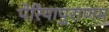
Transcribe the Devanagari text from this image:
पेरियापुराणम